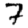
Digit: 7